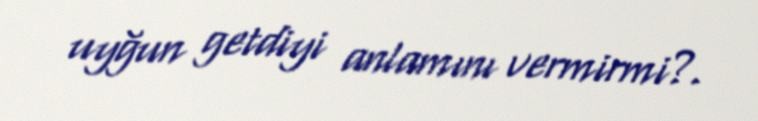
uyğun getdiyi anlamını vermirmi?.